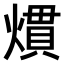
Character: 𤎽